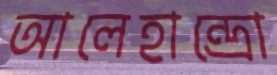
আলেহান্দ্রো